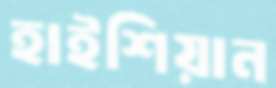
হাইশিয়ান